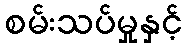
စမ်းသပ်မှုနှင့်